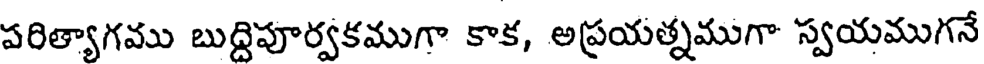
పరిత్యాగము బుద్దిపూర్వకముగా కాక, అప్రయత్నముగా స్వయముగనే